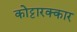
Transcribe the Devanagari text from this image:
कोट्टारक्कार